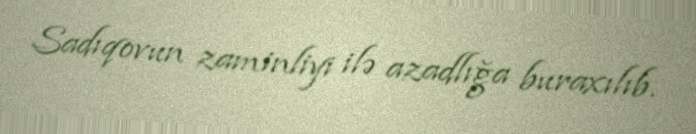
Sadıqovun zaminliyi ilə azadlığa buraxılıb.